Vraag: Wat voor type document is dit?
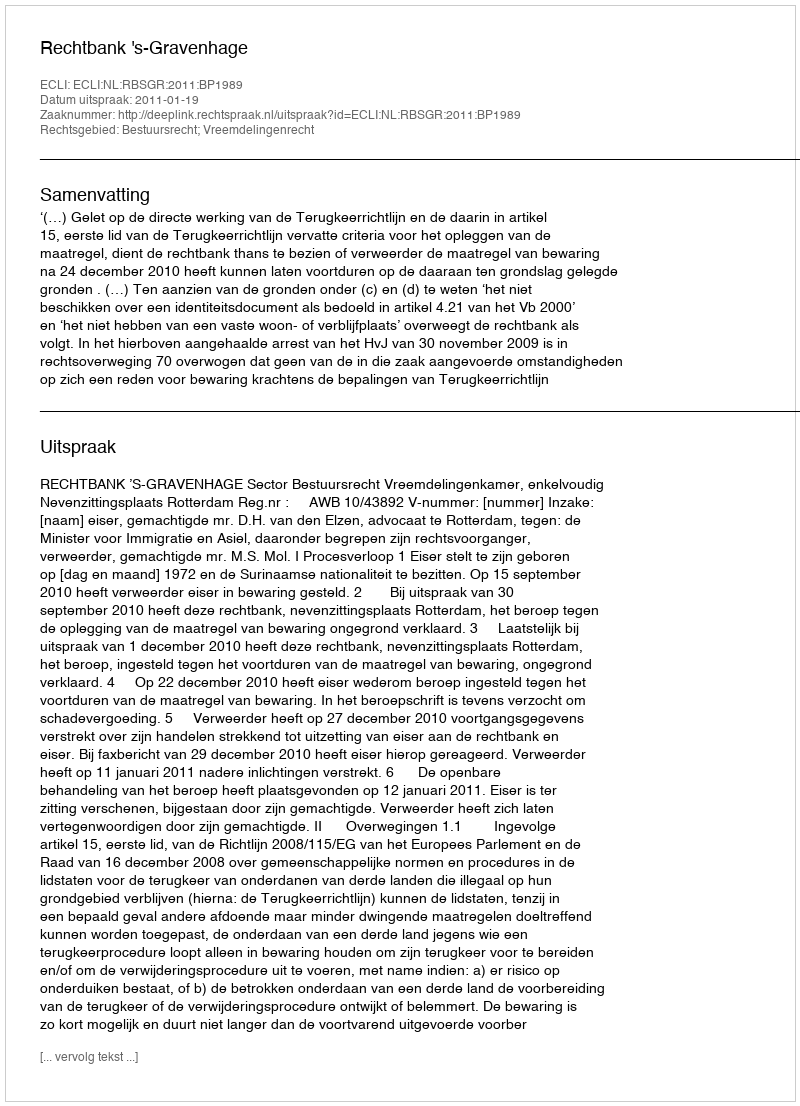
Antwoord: Uitspraak